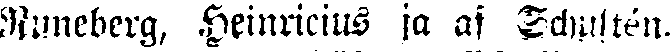
Runeberg, Henricius ja af Schultén.